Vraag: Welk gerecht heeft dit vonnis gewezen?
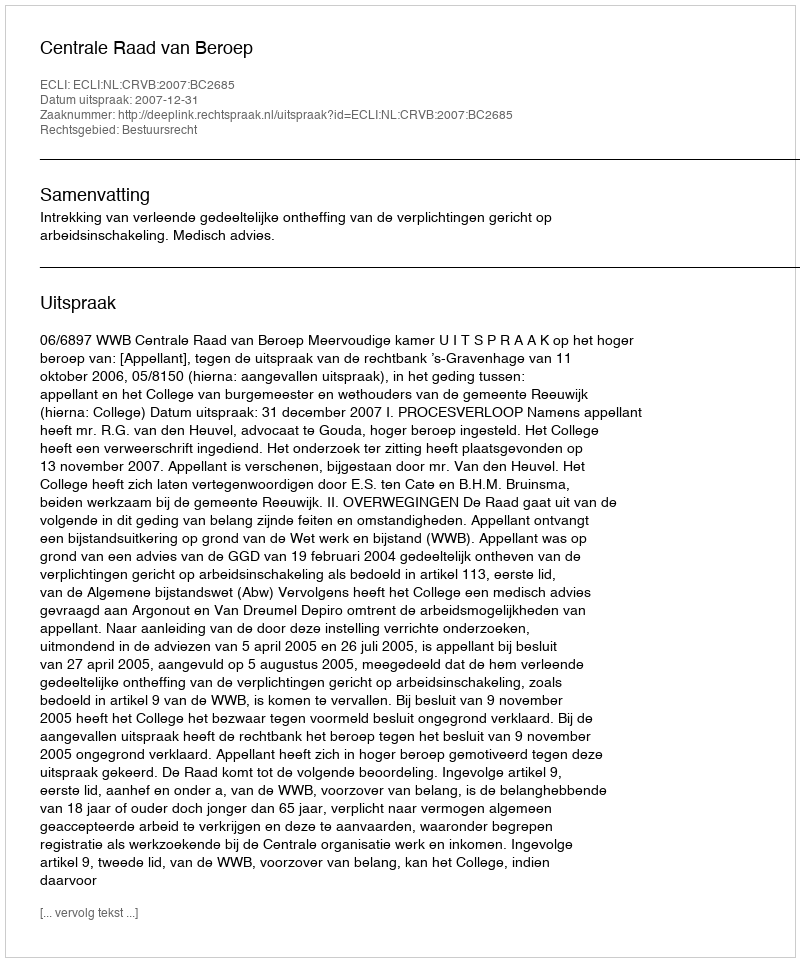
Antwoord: Centrale Raad van Beroep